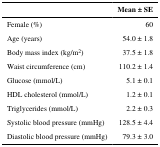
|  | Mean ± SE |
 | --- | --- |
 | Female (%) | 60 |
 | Age (years) | 54.0 ± 1.8 |
 | Body mass index (kg/m2) | 37.5 ± 1.8 |
 | Waist circumference (cm) | 110.2 ± 1.4 |
 | Glucose (mmol/L) | 5.1 ± 0.1 |
 | HDL cholesterol (mmol/L) | 1.2 ± 0.1 |
 | Triglycerides (mmol/L) | 2.2 ± 0.3 |
 | Systolic blood pressure (mmHg) | 128.5 ± 4.4 |
 | Diastolic blood pressure (mmHg) | 79.3 ± 3.0 |